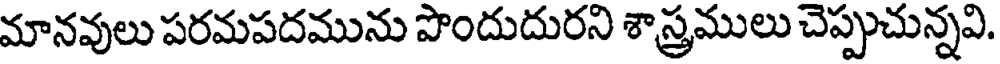
మానవులు పరమపదమును పొందుదురని శాస్త్రములు చెప్పుచున్నవి.